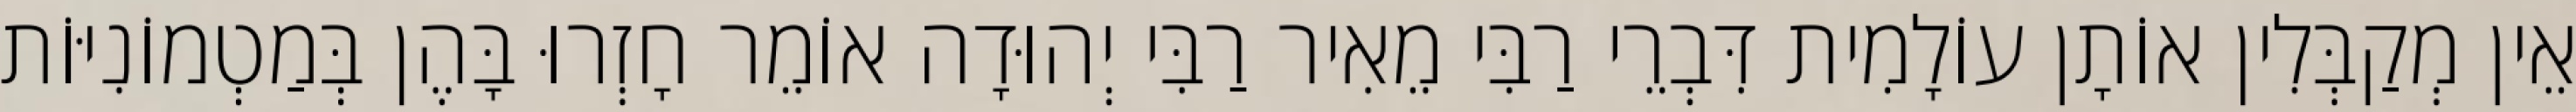
אֵין מְקַבְּלִין אוֹתָן עוֹלָמִית דִּבְרֵי רַבִּי מֵאִיר רַבִּי יְהוּדָה אוֹמֵר חָזְרוּ בָּהֶן בְּמַטְמוֹנִיּוֹת